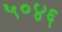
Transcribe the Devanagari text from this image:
५०४६